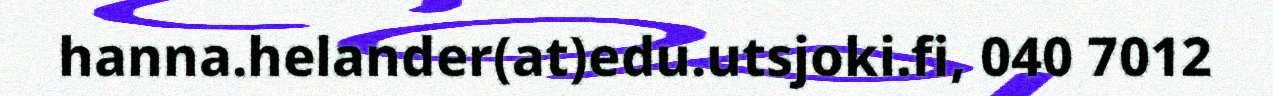
hanna.helander(at)edu.utsjoki.fi, 040 7012